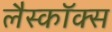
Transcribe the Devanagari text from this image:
लैस्कॉक्स